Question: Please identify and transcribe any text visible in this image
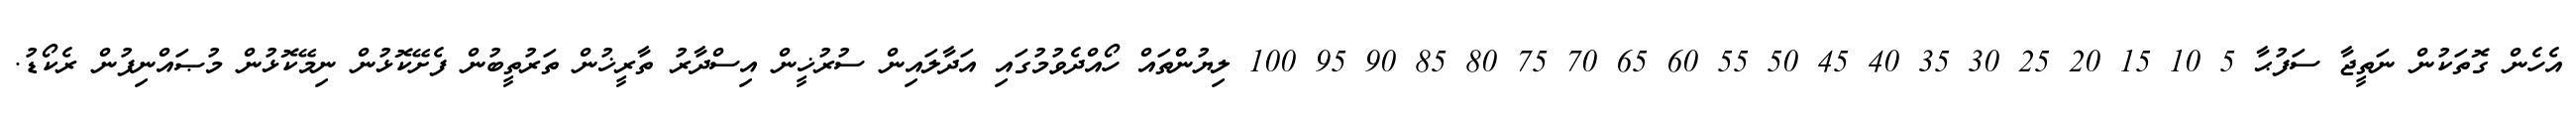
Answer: އެހެން ގޮތަކުން ނަތީޖާ ސަފުޙާ 5 10 15 20 25 30 35 40 45 50 55 60 65 70 75 80 85 90 95 100 ލިޔުންތައް ހޯއްދެވުމުގައި އަދާލައިން ސުރުޚީން އިސްދާރު ތާރީޚުން ތަރުތީބުން ފެށޭކޮޅުން ނިމޭކޮޅުން މުޞައްނިފުން ރެކޯޑު.